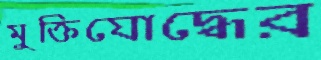
মুক্তিযোদ্ধের